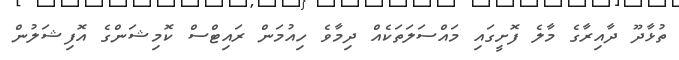
ތުޅާދޫ ދާއިރާގެ މާލެ ފޮށީގައި މައްސަލަތަކެއް ދިމާވެ ހިއުމަން ރައިޓްސް ކޮމިޝަންގެ އޮފިޝަލުން